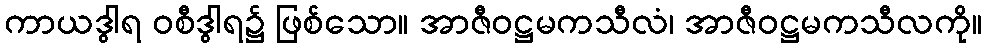
ကာယဒွါရ ဝစီဒွါရ၌ ဖြစ်သော။ အာဇီဝဋ္ဌမကသီလံ၊ အာဇီဝဋ္ဌမကသီလကို။